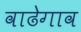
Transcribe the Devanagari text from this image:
वाढेगाव